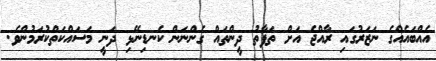
އެއްބައެއްގެ ނަޒަރުގައި ރާއްޖެ އަށް ތަފާތު ދީންތައް ގެންނަން ކެނޑިނޭޅި ދަނީ މަސައްކަތްކުރަމުންވެ.